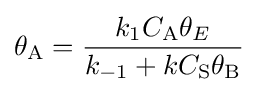
\theta _{\mathrm {A} }={\frac {k_{1}C_{\mathrm {A} }\theta _{E}}{k_{-1}+kC_{\mathrm {S} }\theta _{\mathrm {B} }}}